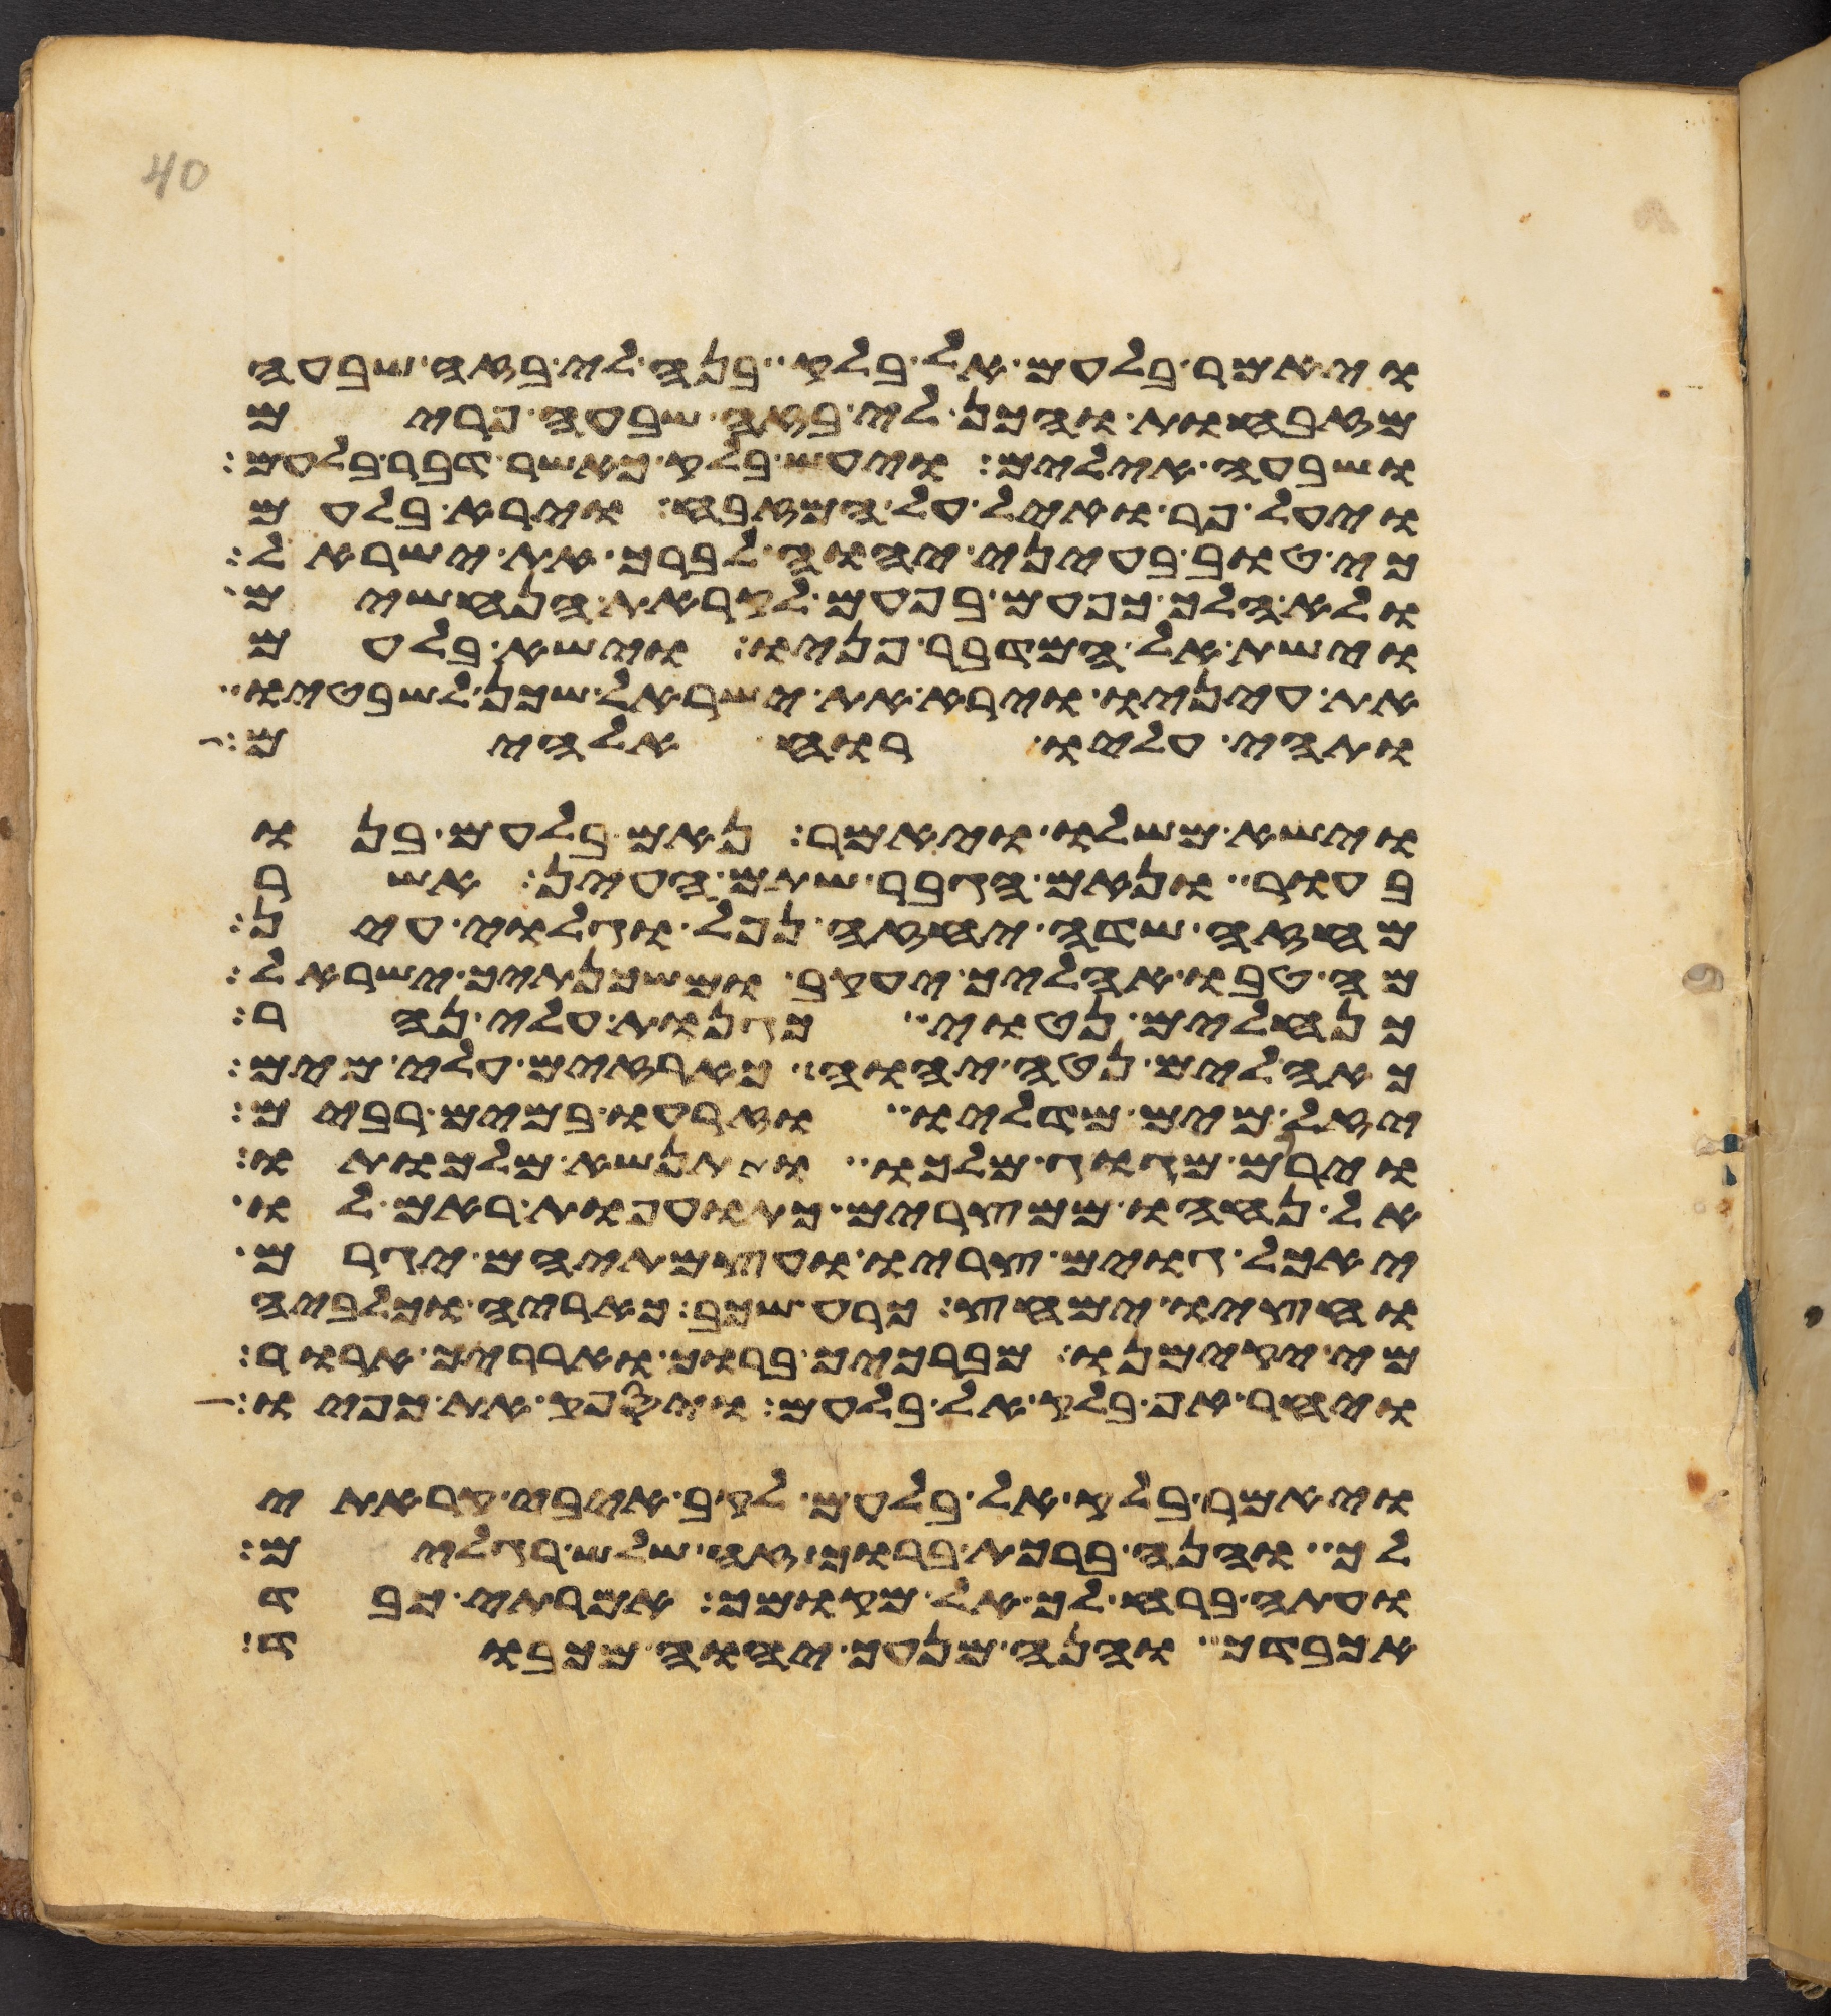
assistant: ויאמר בלעם אל בלק בנה לי בזה שבעה
מזבחות והכן לי בזה שבעה פרים
ושבעה אילים ויעש בלק כאשר דבר בלעם
ויעל פר ואיל על המזבח וירא בלעם
כי טוב בעיני יהוה לברך את ישראל
ולא הלך כפעם בפעם לקראת הנחשים
וישת אל המדבר פניו וישא בלעם
את עיניו וירא את ישראל שכן לשבטיו
ותהי עליו רוח אלהים
וישא משלו ויאמר נאם בלעם בנו
בעור ונאם הגבר שתם העין אשר
מחזה שדה יחזה נפל וגלוי עין
מה טבו אהליך יעקב ומשכנתיך ישראל
כנחלים נטוי כגנות עלי נהר
כאהלים נטה יהוה כארזים עלי מים
יזל מים מדליו וזרעו במים רבים
וירם מגוג מלכו ותתנשא מלכותו
אל נחהו ממצרים כתועפת ראם לו
יאכל גוים צריו ועצמתיהם יגרם
וחציו ימחץ כרע שכב כאריה וכלביה
מי יקימנו מברכיך ברוך וארריך ארור
ויחר אף בלק אל בלעם ויספק את כפיו
ויאמר בלק אל בלעם לקב איבי קראתי
לך והנה ברכת ברוך זה שלש רגלים
ועתה ברח לך אל מקומך אמרתי כבד
אכבדך והנה מנעך יהוה מכבוד